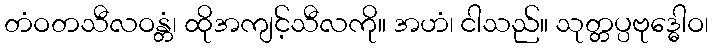
တံဝတသီလဝန္တံ၊ ထိုအကျင့်သီလကို။ အဟံ၊ ငါသည်။ သုတ္တပ္ပဗုဒ္ဓေါဝ၊